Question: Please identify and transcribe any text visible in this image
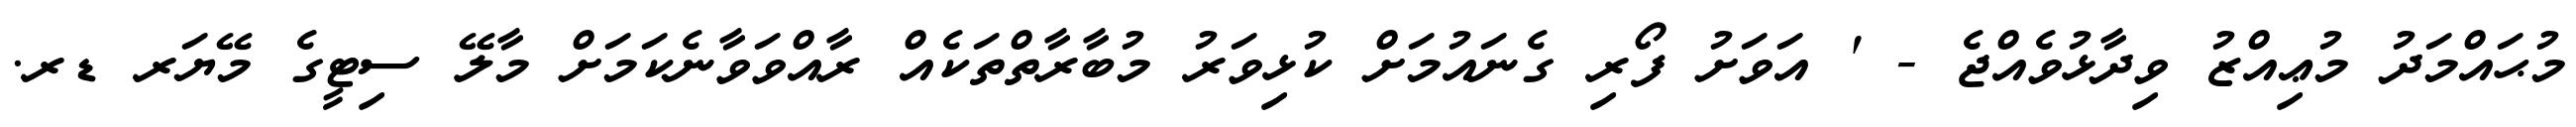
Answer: މުޙައްމަދު މުޢިއްޒު ވިދާޅުވެއްޖެ - ' އަވަށު ފޯރި ގެނައުމަށް ކުޅިވަރު މުބާރާތްތަކެއް ރާއްވަވާނެކަމަށް މާލޭ ސިޓީގެ މޭޔަރ ޑރ.